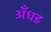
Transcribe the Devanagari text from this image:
अँधड